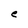
Character: e